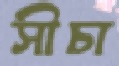
সীচা